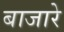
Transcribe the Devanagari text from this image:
बाजारे